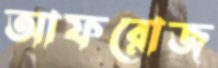
আফরোজ